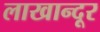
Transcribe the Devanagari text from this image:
लाखान्दूर